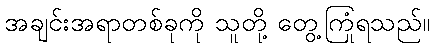
အချင်းအရာတစ်ခုကို သူတို့ တွေ့ကြုံရသည်။